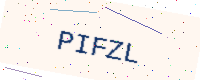
Text: PIFZL